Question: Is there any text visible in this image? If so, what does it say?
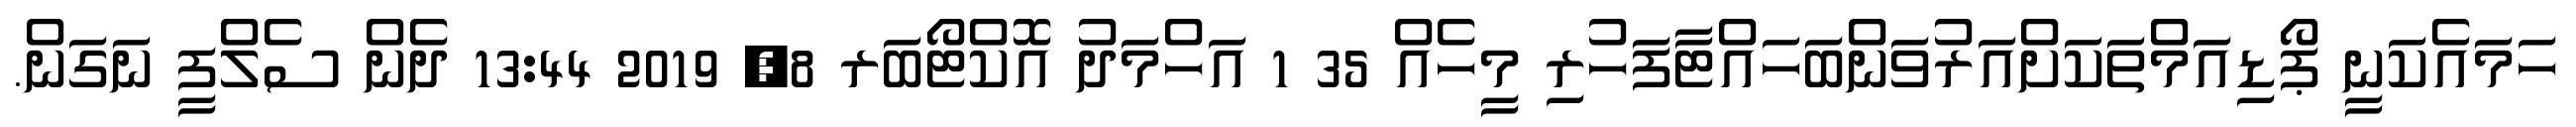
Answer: ހަމައެކަނީ ޕޯޑިއަމްތަކަށްއަރުވަންބަހައްޓާފަހުރި މީހެއް 35 1 އަހްމަދު އޮކްޓޯބަރ 8, 2019 13:44 ދެން ސެލްފީ ނަގަން.